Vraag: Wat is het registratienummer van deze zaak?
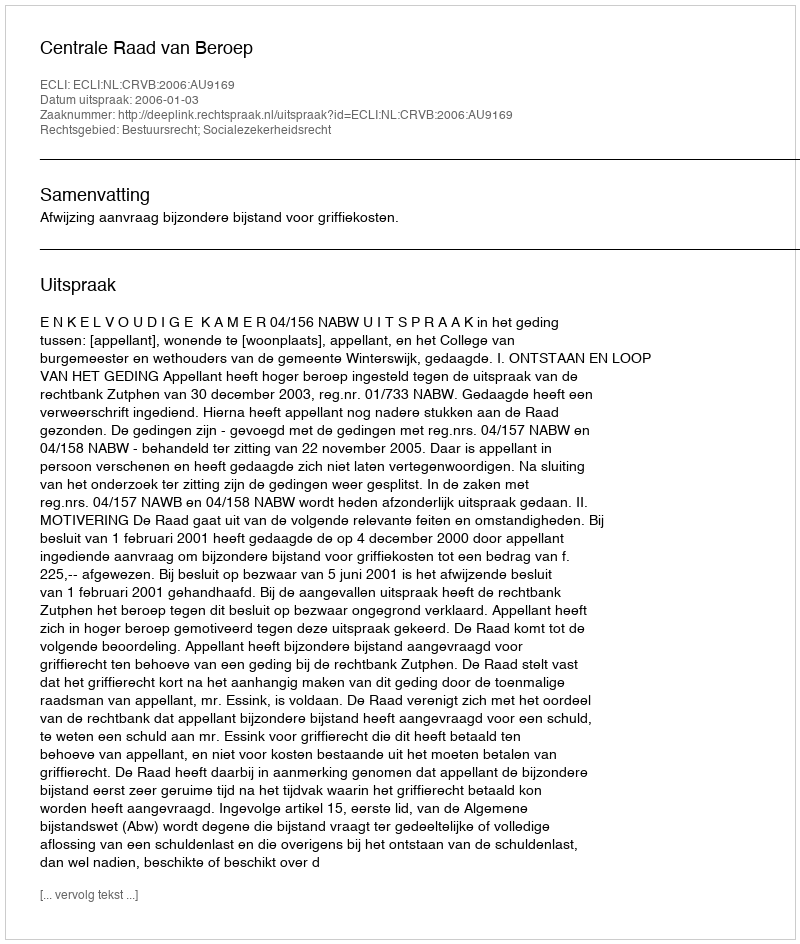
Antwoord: http://deeplink.rechtspraak.nl/uitspraak?id=ECLI:NL:CRVB:2006:AU9169